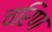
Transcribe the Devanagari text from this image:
चरिण